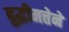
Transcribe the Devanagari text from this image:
बुद्धीमत्तेने